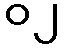
၀၂